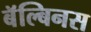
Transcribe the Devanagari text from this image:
बॅल्बिनस